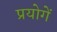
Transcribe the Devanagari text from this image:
प्रयोगें